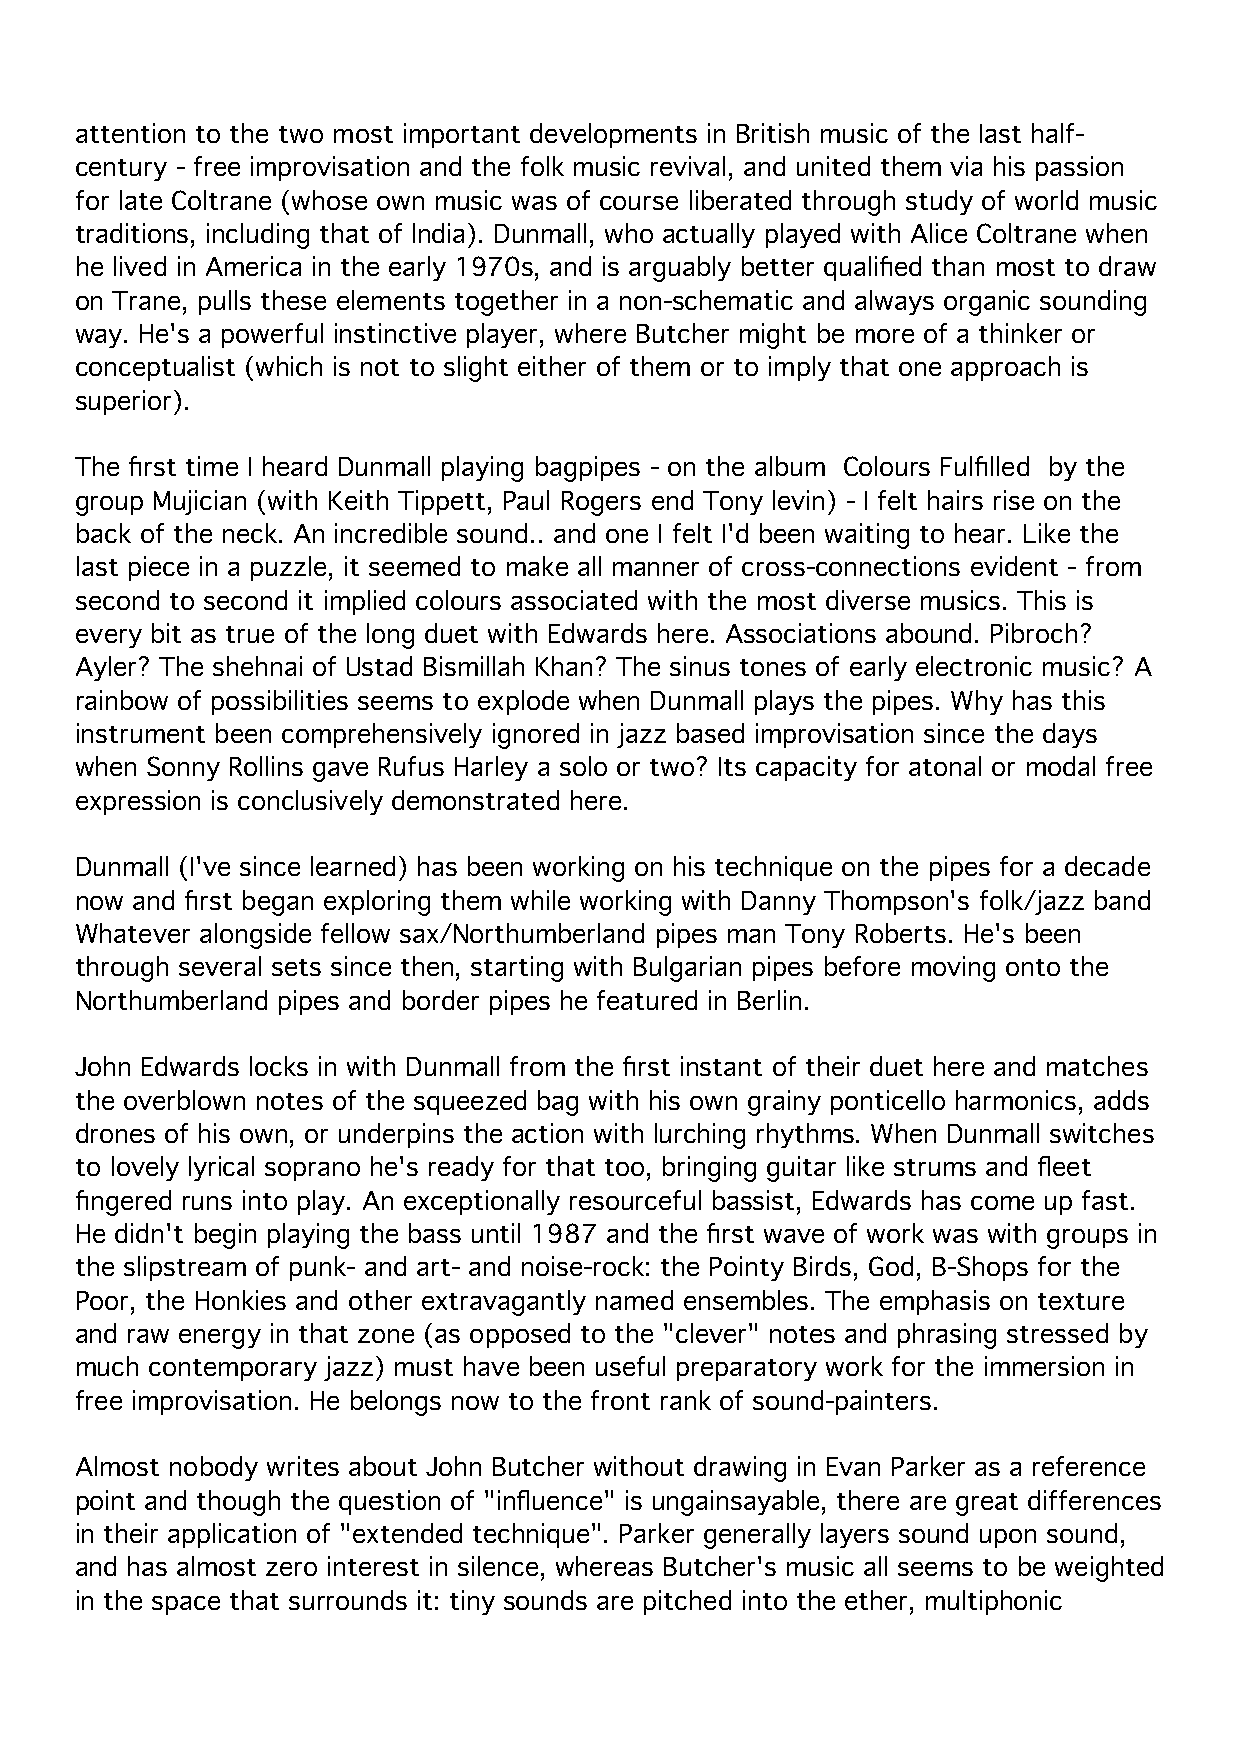
attention to the two most important developments in British music of the Iast half-
 century - free improvisation and the folk music revival, and united them via his passion
 for late Coltrane (whose own music was of course liberated through study of world music
 traditions, including that of lndia). Dunmall, who actually played with Alice Coltrane when
 he lived in America in the early 1970s, and is arguably better qualified than most to draw
 on Trane, pulls these elements together in a non-schematic and always organic sounding
 way. He's a powerful instinctive player, where Butcher might be more of a thinker or
 conceptualist (which is not to slight either of them or to imply that one approach is
 superior).
 The first time I heard Dunmall playing bagpipes - on the album Colours Fulfilled by the
 group Mujician (with Keith Tippett, Paul Rogers end Tony levin) - I felt hairs rise on the
 back of the neck. An incredible sound.. and one I felt I'd been waiting to hear. Like the
 last piece in a puzzle, it seemed to make all manner of cross-connections evident - from
 second to second it implied colours associated with the most diverse musics. This is
 every bit as true of the long duet with Edwards here. Associations abound. Pibroch?
 Ayler? The shehnai of Ustad Bismillah Khan? The sinus tones of early electronic music? A
 rainbow of possibilities seems to explode when Dunmall plays the pipes. Why has this
 instrument been comprehensively ignored in jazz based improvisation since the days
 when Sonny Rollins gave Rufus Harley a solo or two? Its capacity for atonal or modal free
 expression is conclusively demonstrated here.
 Dunmall (I've since learned) has been working on his technique on the pipes for a decade
 now and first began exploring them while working with Danny Thompson's folk/jazz band
 Whatever alongside fellow sax/Northumberland pipes man Tony Roberts. He's been
 through several sets since then, starting with Bulgarian pipes before moving onto the
 Northumberland pipes and border pipes he featured in Berlin.
 John Edwards locks in with Dunmall from the first instant of their duet here and matches
 the overblown notes of the squeezed bag with his own grainy ponticello harmonics, adds
 drones of his own, or underpins the action with lurching rhythms. When Dunmall switches
 to lovely lyrical soprano he's ready for that too, bringing guitar like strums and fleet
 fingered runs into play. An exceptionally resourceful bassist, Edwards has come up fast.
 He didn't begin playing the bass until 1987 and the first wave of work was with groups in
 the slipstream of punk- and art- and noise-rock: the Pointy Birds, God, B-Shops for the
 Poor, the Honkies and other extravagantly named ensembles. The emphasis on texture
 and raw energy in that zone (as opposed to the "clever" notes and phrasing stressed by
 much contemporary jazz) must have been useful preparatory work for the immersion in
 free improvisation. He belongs now to the front rank of sound-painters.
 Almost nobody writes about John Butcher without drawing in Evan Parker as a reference
 point and though the question of "influence" is ungainsayable, there are great differences
 in their application of "extended technique". Parker generally layers sound upon sound,
 and has almost zero interest in silence, whereas Butcher's music all seems to be weighted
 in the space that surrounds it: tiny sounds are pitched into the ether, multiphonic